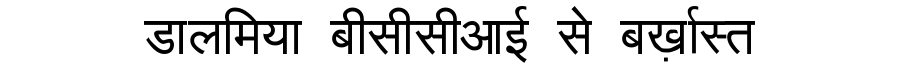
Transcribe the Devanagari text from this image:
डालमिया बीसीसीआई से बर्ख़ास्त